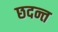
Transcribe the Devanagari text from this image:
छदन्त